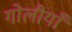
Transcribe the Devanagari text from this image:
गोलीयाँ